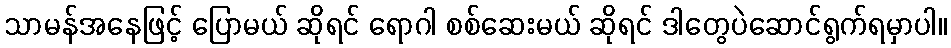
သာမန်အနေဖြင့် ပြောမယ် ဆိုရင် ရောဂါ စစ်ဆေးမယ် ဆိုရင် ဒါတွေပဲဆောင်ရွက်ရမှာပါ။